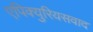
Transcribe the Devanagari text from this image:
एपिक्युरियसवाद